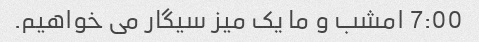
7:00 امشب و ما یک میز سیگار می خواهیم.